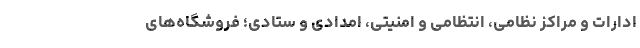
ادارات و مراکز نظامی، انتظامی و امنیتی، امدادی و ستادی؛ فروشگاه‌های